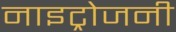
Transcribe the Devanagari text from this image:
नाइट्रोजनी